Scottish Certificate of Education, 1963
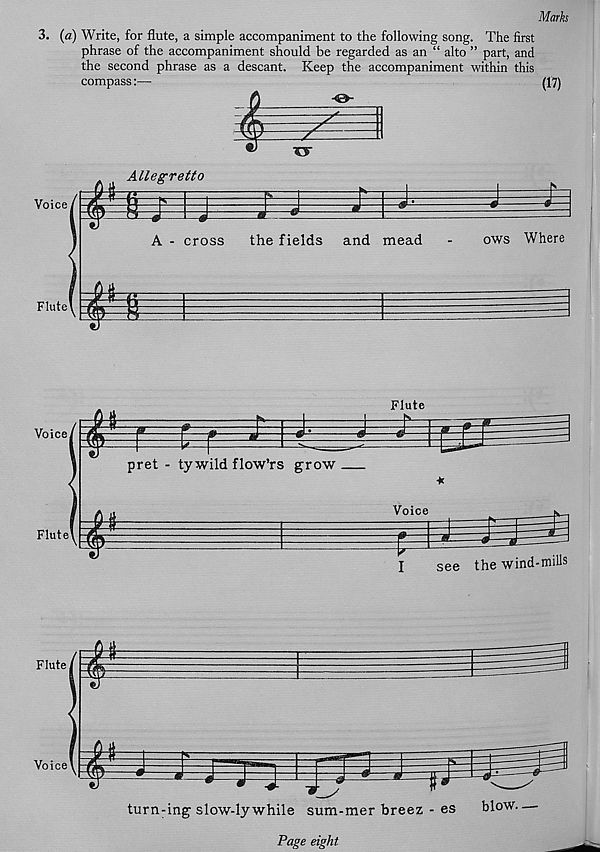
Marks
3. (a) Write, for flute, a simple accompaniment to the following song. The first
phrase of the accompaniment should be regarded as an “ alto ” part, and
the second phrase as a descant. Keep the accompaniment within this
compass:—
(17)
Voice
Flute
Page eight